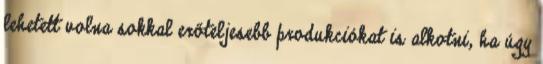
lehetett volna sokkal erőteljesebb produkciókat is alkotni, ha úgy